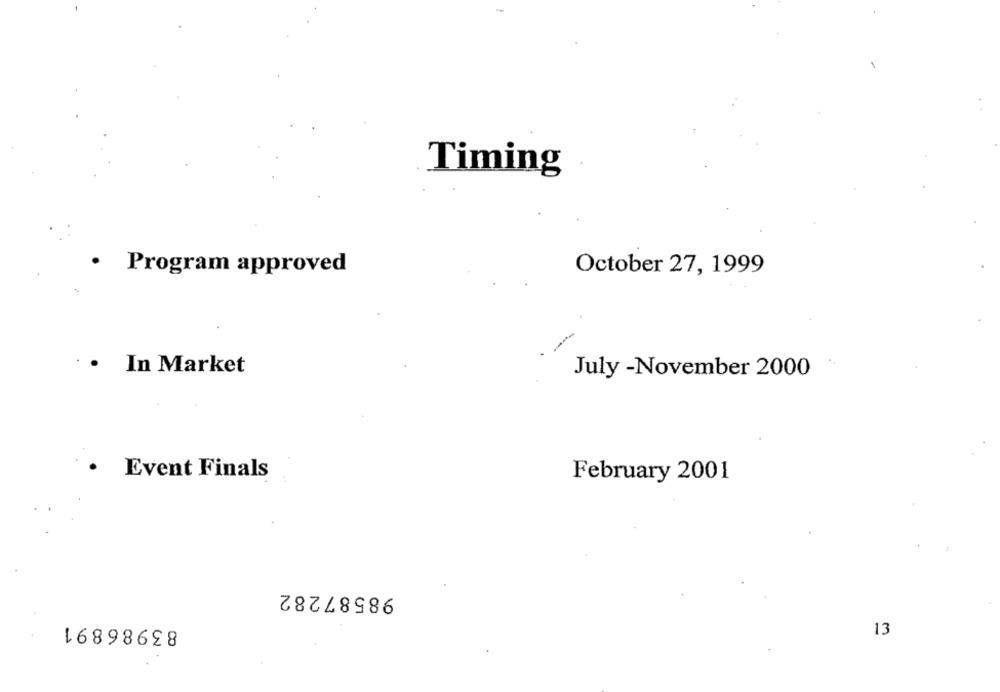
Timing
.
Program approved
October 27, 1999
In Market
July -November 2000
Event Finals
February 2001
98587282
13
16898698